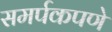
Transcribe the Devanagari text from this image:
समर्पकपणे